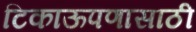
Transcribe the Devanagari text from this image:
टिकाऊपणासाठी